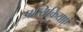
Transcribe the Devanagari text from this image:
प्रत्यिक्रियाएं